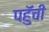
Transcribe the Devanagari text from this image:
पहुॅची